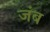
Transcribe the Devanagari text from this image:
जंब